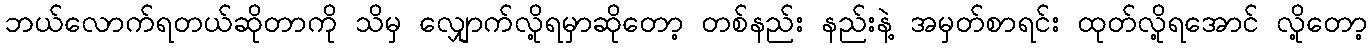
ဘယ်လောက်ရတယ်ဆိုတာကို သိမှ လျှောက်လို့ရမှာဆိုတော့ တစ်နည်း နည်းနဲ့ အမှတ်စာရင်း ထုတ်လို့ရအောင် လို့တော့